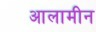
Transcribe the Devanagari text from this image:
आलामीन